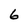
Character: 6